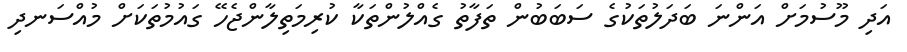
އަދި މޫސުމަށް އަންނަ ބަދަލުތަކުގެ ސަބަބުން ތަފާތު ގެއްލުންތަކާ ކުރިމަތިލާންޖެހޭ ގައުމުތަކަށް މުއްސަނދި